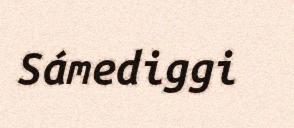
Sámediggi